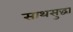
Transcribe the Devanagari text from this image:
साथसुद्धा